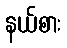
နယ်စား